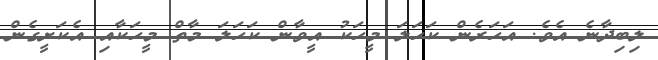
ލިބިދާނެ އެވެ. އަހަރެން ކަހަލަ މީހަކު އީވާން ކަހަލަ މާތް މީހަކާއި އެކަށީގެން